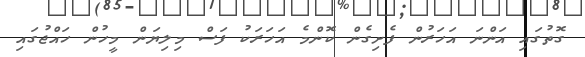
ގޮތުގައި އަންނަ އަހަރުން ފެށިގެން ކޮންމެ އަހަރަކު ފަސް މިލިޔަން މީހުން ހައްޖުގައި